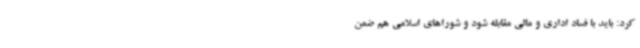
کرد: باید با فساد اداری و مالی مقابله شود و شوراهای اسلامی هم ضمن